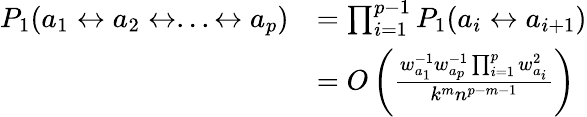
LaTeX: \begin{array}{rl}{P_{1}(a_{1}\leftrightarrow a_{2}\leftrightarrow...\leftrightarrow a_{p})}&{=\prod_{i=1}^{p-1}P_{1}(a_{i}\leftrightarrow a_{i+1})}\\ &{=O\left(\frac{w_{a_{1}}^{-1}w_{a_{p}}^{-1}\prod_{i=1}^{p}w_{a_{i}}^{2}}{k^{m}n^{p-m-1}}\right)}\end{array}